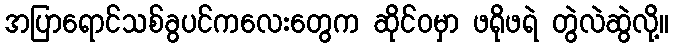
အပြာရောင်သစ်ခွပင်ကလေးတွေက ဆိုင်ဝမှာ ဖရိုဖရဲ တွဲလဲဆွဲလို့။